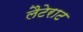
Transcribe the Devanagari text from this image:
लैटेराट